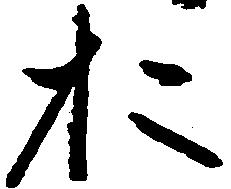
お